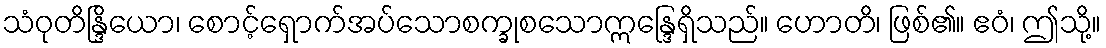
သံဝုတိန္ဒြိယော၊ စောင့်ရှောက်အပ်သောစက္ခုစသောဣန္ဒြေရှိသည်။ ဟောတိ၊ ဖြစ်၏။ ဧဝံ၊ ဤသို့။